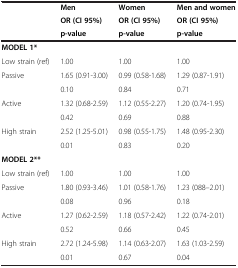
<table><thead><tr><td><b> </b></td><td><b>Men</b></td><td><b>Women</b></td><td><b>Men and women</b></td></tr><tr><td><b> </b></td><td><b>OR (CI 95%)</b></td><td><b>OR (CI 95%)</b></td><td><b>OR (CI 95%)</b></td></tr><tr><td><b> </b></td><td><b>p-value</b></td><td><b>p-value</b></td><td><b>p-value</b></td></tr></thead><tbody><tr><td><b>MODEL 1*</b></td><td> </td><td> </td><td> </td></tr><tr><td>Low strain (ref)</td><td>1.00</td><td>1.00</td><td>1.00</td></tr><tr><td>Passive</td><td>1.65 (0.91-3.00)</td><td>0.99 (0.58-1.68)</td><td>1.29 (0.87-1.91)</td></tr><tr><td> </td><td>0.10</td><td>0.84</td><td>0.71</td></tr><tr><td>Active</td><td>1.32 (0.68-2.59)</td><td>1.12 (0.55-2.27)</td><td>1.20 (0.74-1.95)</td></tr><tr><td> </td><td>0.42</td><td>0.69</td><td>0.88</td></tr><tr><td>High strain</td><td>2.52 (1.25-5.01)</td><td>0.98 (0.55-1.75)</td><td>1.48 (0.95-2.30)</td></tr><tr><td> </td><td>0.01</td><td>0.83</td><td>0.20</td></tr><tr><td><b>MODEL 2**</b></td><td> </td><td> </td><td> </td></tr><tr><td>Low strain (ref)</td><td>1.00</td><td>1.00</td><td>1.00</td></tr><tr><td>Passive</td><td>1.80 (0.93-3.46)</td><td>1.01 (0.58-1.76)</td><td>1.23 (088–2.01)</td></tr><tr><td> </td><td>0.08</td><td>0.96</td><td>0.18</td></tr><tr><td>Active</td><td>1.27 (0.62-2.59)</td><td>1.18 (0.57-2.42)</td><td>1.22 (0.74-2.01)</td></tr><tr><td> </td><td>0.52</td><td>0.66</td><td>0.45</td></tr><tr><td>High strain</td><td>2.72 (1.24-5.98)</td><td>1.14 (0.63-2.07)</td><td>1.63 (1.03-2.59)</td></tr><tr><td> </td><td>0.01</td><td>0.67</td><td>0.04</td></tr></tbody></table>